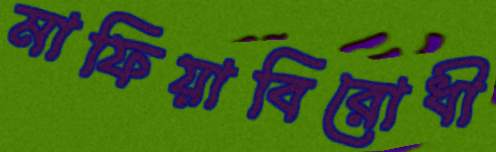
মাফিয়াবিরোধী